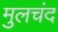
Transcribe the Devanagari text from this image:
मुलचंद